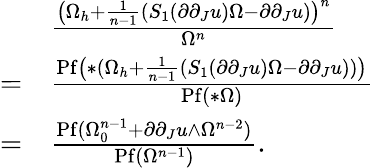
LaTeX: \begin{array}{rl}&{\frac{\big(\Omega_{h}+\frac{1}{n-1}(S_{1}(\partial\partial_{J}u)\Omega-\partial\partial_{J}u)\big)^{n}}{\Omega^{n}}}\\ {=}&{\frac{\mathrm{Pf}\big(\ast(\Omega_{h}+\frac{1}{n-1}(S_{1}(\partial\partial_{J}u)\Omega-\partial\partial_{J}u))\big)}{\mathrm{Pf}(\ast\Omega)}}\\ {=}&{\frac{\mathrm{Pf}(\Omega_{0}^{n-1}+\partial\partial_{J}u\wedge\Omega^{n-2})}{\mathrm{Pf}(\Omega^{n-1})}.}\end{array}